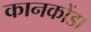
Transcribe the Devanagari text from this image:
कानकोंडा